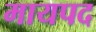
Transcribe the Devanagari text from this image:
मायपद